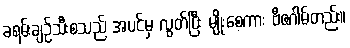
ခရမ်းချဉ်သီးစသည် အပင်မှ လွတ်ပြီး မျိုးစေ့ကား ဗီဇဂါမ်တည်း။